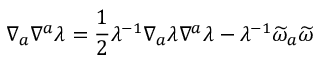
\nabla _ { a } \nabla ^ { a } \lambda = \frac { 1 } { 2 } \lambda ^ { - 1 } \nabla _ { a } \lambda \nabla ^ { a } \lambda - \lambda ^ { - 1 } \widetilde { \omega } _ { a } \widetilde { \omega }